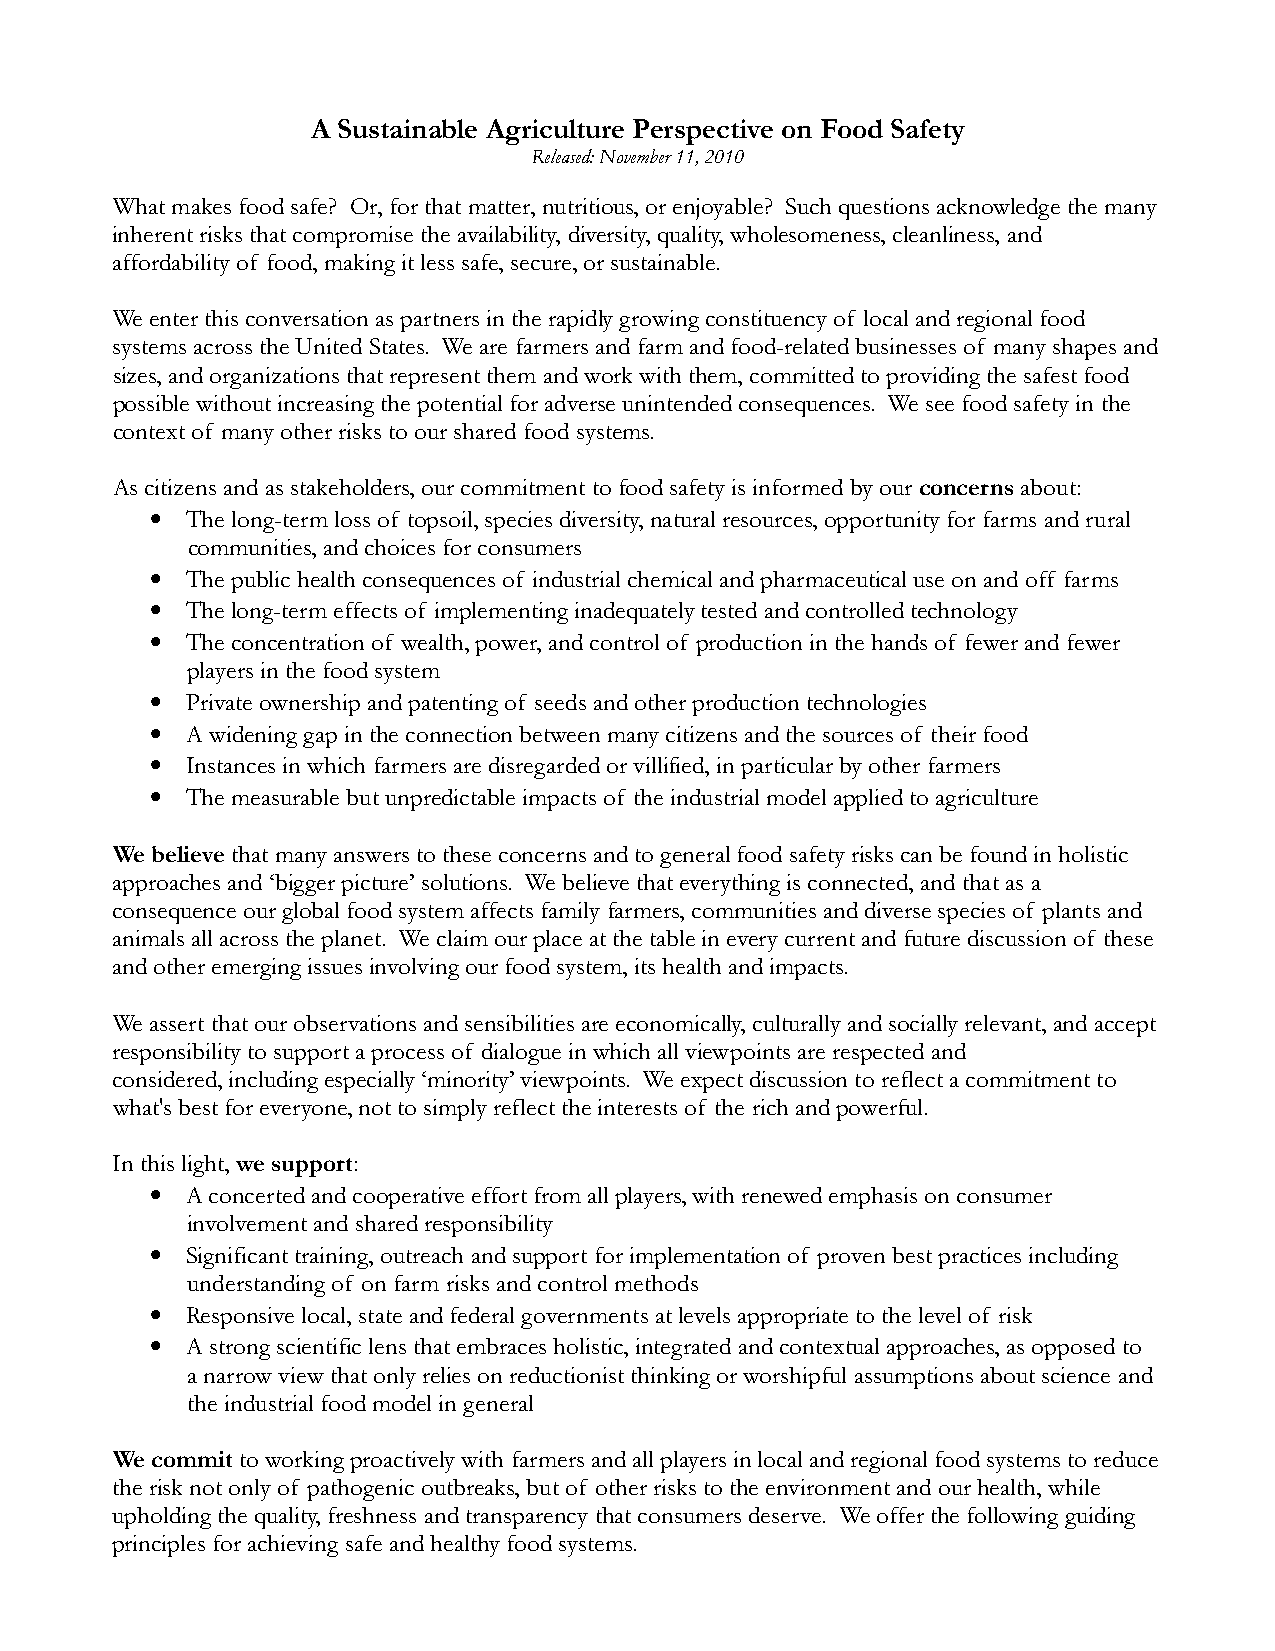
A Sustainable Agriculture Perspective on Food Safety
 Released: November 11, 2010
 What makes food safe? Or, for that matter, nutritious, or enjoyable? Such questions acknowledge the many
 inherent risks that compromise the availability, diversity, quality, wholesomeness, cleanliness, and
 affordability of food, making it less safe, secure, or sustainable.
 We enter this conversation as partners in the rapidly growing constituency of local and regional food
 systems across the United States. We are farmers and farm and food-related businesses of many shapes and
 sizes, and organizations that represent them and work with them, committed to providing the safest food
 possible without increasing the potential for adverse unintended consequences. We see food safety in the
 context of many other risks to our shared food systems.
 As citizens and as stakeholders, our commitment to food safety is informed by our concerns about:
 •
 The long-term loss of topsoil, species diversity, natural resources, opportunity for farms and rural
 communities, and choices for consumers
 •
 The public health consequences of industrial chemical and pharmaceutical use on and off farms
 •
 The long-term effects of implementing inadequately tested and controlled technology
 •
 The concentration of wealth, power, and control of production in the hands of fewer and fewer
 players in the food system
 •
 Private ownership and patenting of seeds and other production technologies
 •
 A widening gap in the connection between many citizens and the sources of their food
 •
 Instances in which farmers are disregarded or villified, in particular by other farmers
 •
 The measurable but unpredictable impacts of the industrial model applied to agriculture
 We believe that many answers to these concerns and to general food safety risks can be found in holistic
 approaches and ‘bigger picture’ solutions. We believe that everything is connected, and that as a
 consequence our global food system affects family farmers, communities and diverse species of plants and
 animals all across the planet. We claim our place at the table in every current and future discussion of these
 and other emerging issues involving our food system, its health and impacts.
 We assert that our observations and sensibilities are economically, culturally and socially relevant, and accept
 responsibility to support a process of dialogue in which all viewpoints are respected and
 considered, including especially ‘minority’ viewpoints. We expect discussion to reflect a commitment to
 what's best for everyone, not to simply reflect the interests of the rich and powerful.
 In this light, we support:
 •
 A concerted and cooperative effort from all players, with renewed emphasis on consumer
 involvement and shared responsibility
 •
 Significant training, outreach and support for implementation of proven best practices including
 understanding of on farm risks and control methods
 •
 Responsive local, state and federal governments at levels appropriate to the level of risk
 •
 A strong scientific lens that embraces holistic, integrated and contextual approaches, as opposed to
 a narrow view that only relies on reductionist thinking or worshipful assumptions about science and
 the industrial food model in general
 We commit to working proactively with farmers and all players in local and regional food systems to reduce
 the risk not only of pathogenic outbreaks, but of other risks to the environment and our health, while
 upholding the quality, freshness and transparency that consumers deserve. We offer the following guiding
 principles for achieving safe and healthy food systems.